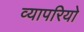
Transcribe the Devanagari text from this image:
व्यापरियो